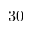
3 0